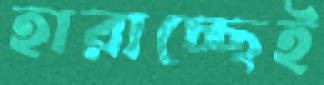
হারাচ্ছেই